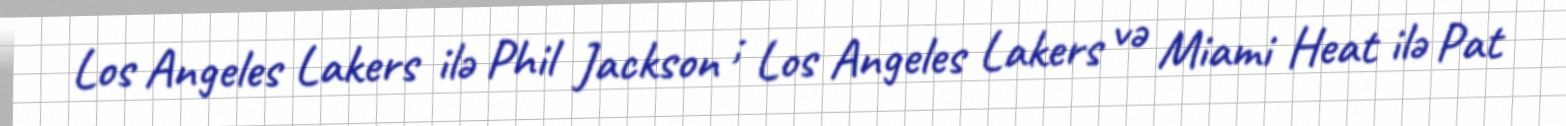
Los Angeles Lakers ilə Phil Jackson ; Los Angeles Lakers və Miami Heat ilə Pat